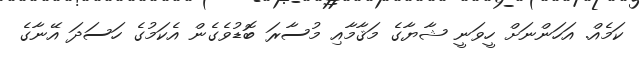
ކަމެއް. އަހަންނަށް ހީވަނީ ޝާޔާގެ މަޤާމާއި މުސާރަ ބޮޑުވެގެން އެކަމުގެ ހަސަދަ އޭނާގެ